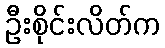
ဦးစိုင်းလိတ်က